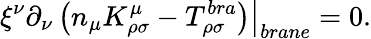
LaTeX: \left.\xi^{\nu}\partial_{\nu}\left(n_{\mu}K_{\rho\sigma}^{\mu}-T_{\rho\sigma}^{bra}\right)\right|_{brane}=0.